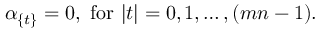
\alpha _ { \{ t \} } = 0 , \ \mathrm { f o r } \ | t | = 0 , 1 , \ldots , ( m n - 1 ) .